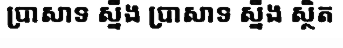
ប្រាសាទ ស្នឹង ប្រាសាទ ស្នឹង ស្ថិត